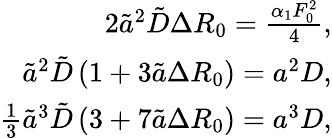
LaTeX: \begin{array}{r}{2\tilde{a}^{2}\tilde{D}\Delta R_{0}=\frac{\alpha_{1}F_{0}^{2}}{4},}\\ {\tilde{a}^{2}\tilde{D}\left(1+3\tilde{a}\Delta R_{0}\right)=a^{2}D,}\\ {\frac{1}{3}\tilde{a}^{3}\tilde{D}\left(3+7\tilde{a}\Delta R_{0}\right)=a^{3}D,}\end{array}